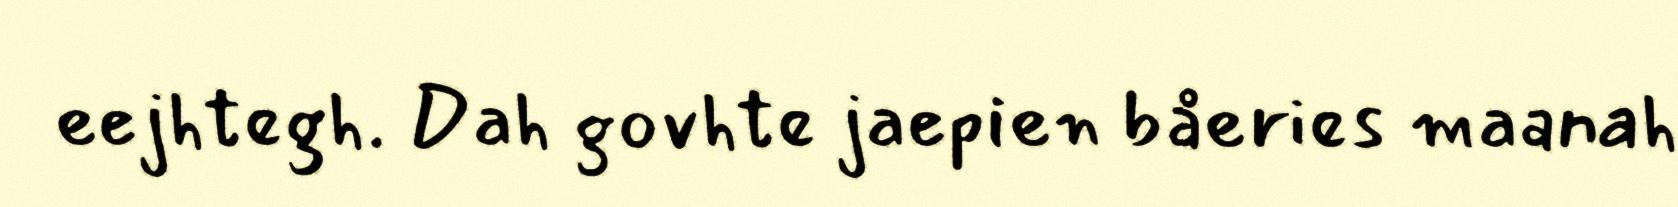
eejhtegh. Dah govhte jaepien båeries maanah